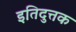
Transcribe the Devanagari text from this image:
इतिदुत्तक